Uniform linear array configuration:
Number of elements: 8
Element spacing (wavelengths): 0.5
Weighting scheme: binomial
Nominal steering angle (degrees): -15
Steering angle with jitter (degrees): -13.481
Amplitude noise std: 0.05
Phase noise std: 0.05

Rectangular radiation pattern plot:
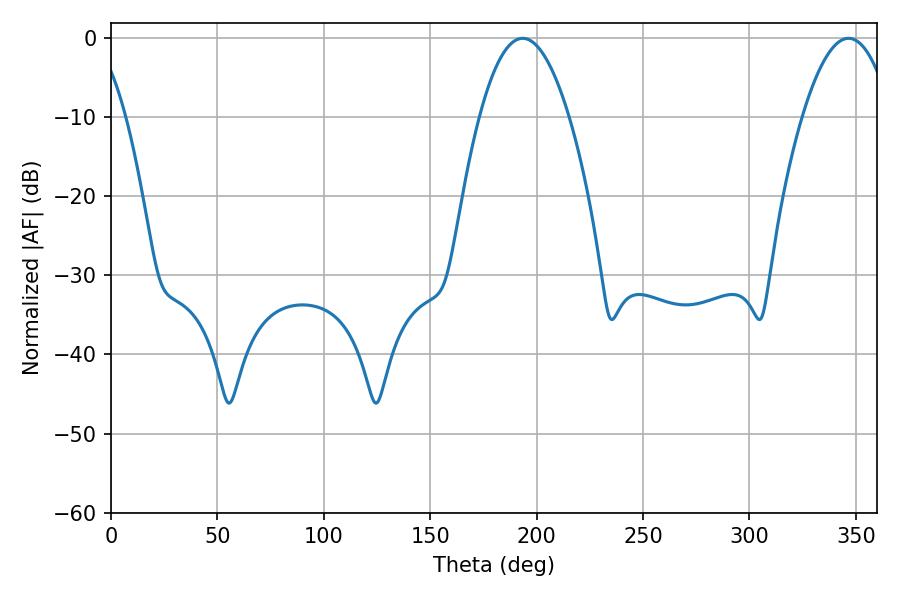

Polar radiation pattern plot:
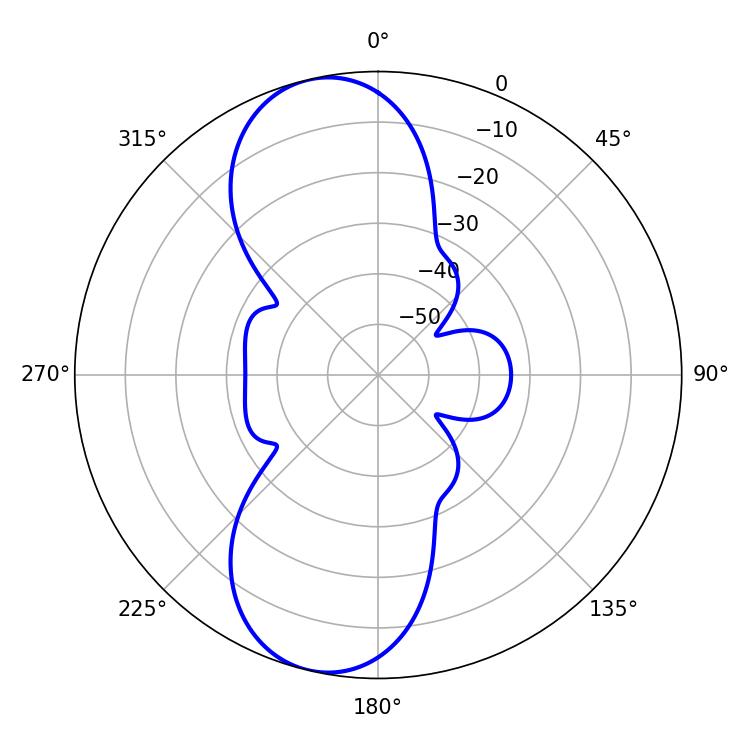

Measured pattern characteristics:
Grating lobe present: FALSE
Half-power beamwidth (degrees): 23.04
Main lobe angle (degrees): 193.5